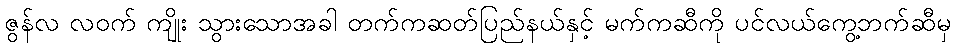
ဇွန်လ လဝက် ကျိုး သွားသောအခါ တက်ကဆတ်ပြည်နယ်နှင့် မက်ကဆီကို ပင်လယ်ကွေ့ဘက်ဆီမှ